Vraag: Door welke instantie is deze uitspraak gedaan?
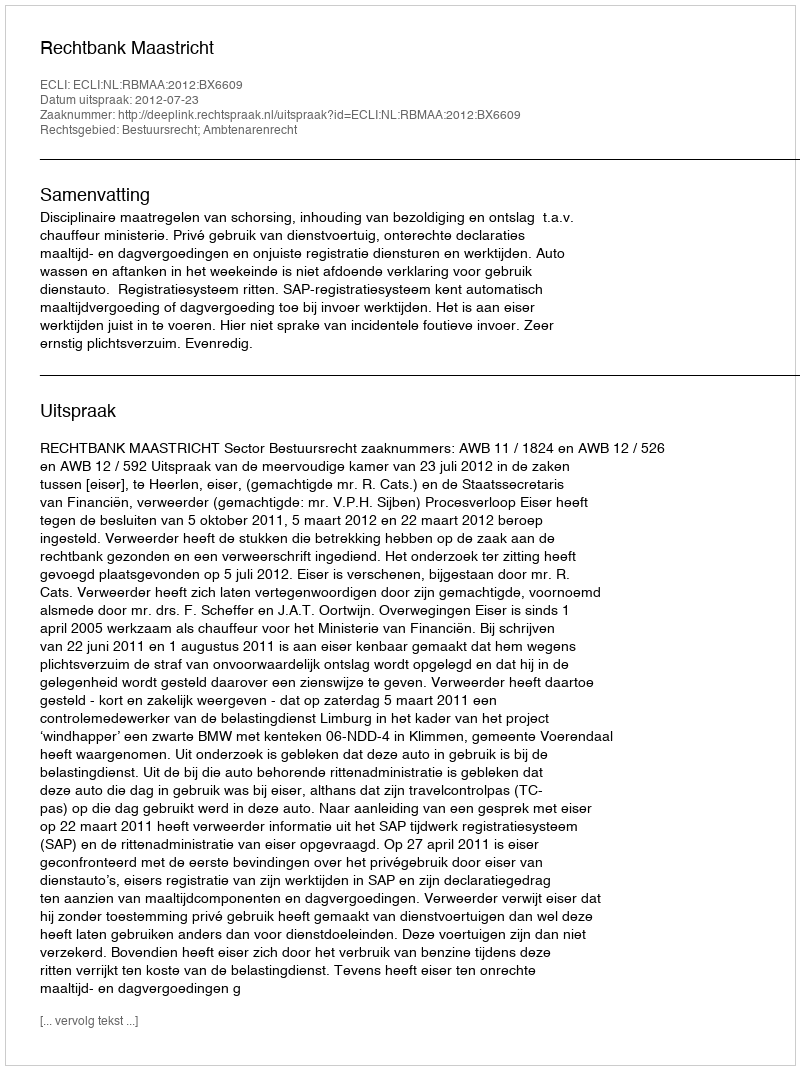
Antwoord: Rechtbank Maastricht